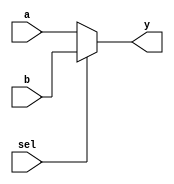
`timescale 1ns / 1ps
//////////////////////////////////////////////////////////////////////////////////
// Company: 
// Engineer: 
// 
// Design Name: 
// Module Name:    mux 
// Project Name: 
// Target Devices: 
// Tool versions: 
// Description: 
//
// Dependencies: 
//
// Revision: 
// Revision 0.01 - File Created
// Additional Comments: 
//
//////////////////////////////////////////////////////////////////////////////////
module mux(a,b,sel,y);
input a,b,sel;
output y;
reg y;
always @(sel,a,b)
begin
if(sel==0)
y=a;
else
y=b;
end
endmodule